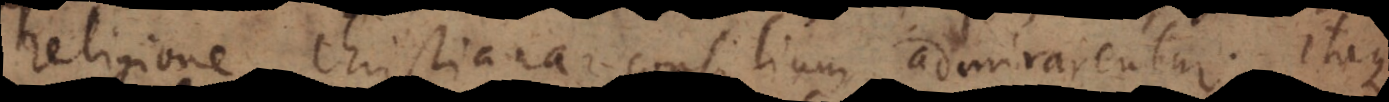
religione Christiana consilium admirarentur. Itaque